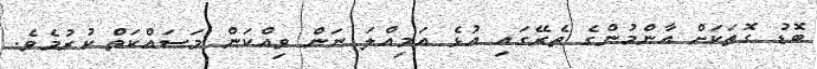
ބޮޑު ގޮތަކަށް އާންމުންގެ ތެރޭގައި އުޅެ އަމިއްލަ ނަން ވިއްކަން މަސައްކަތް ކުރުމެވެ.